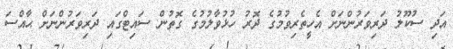
އަދި ސުކޫލު ދަރިވަރުންނަށް އެހީތެރިވުމުގެ ދޮރު ހުޅުވާލުމުގެ ގޮތުން ސައިޓްގައި ދަރިވަރުންނަށް ޙާއްސަ